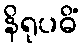
နိရုပဓိံ